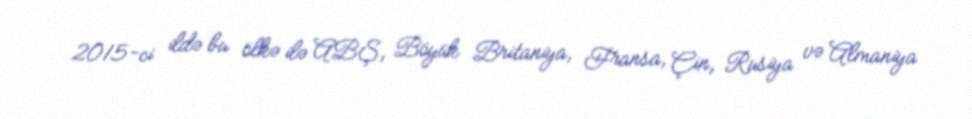
2015-ci ildə bu ölkə ilə ABŞ, Böyük Britaniya, Fransa, Çin, Rusiya və Almaniya